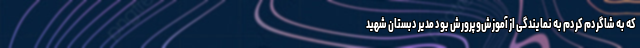
که به شاگردم کردم به نمایندگی از آموزش‌وپرورش بود مدیر دبستان شهید